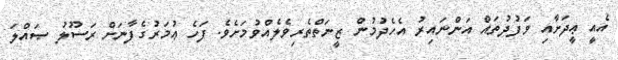
އެއީ ޢީދަށާއި ވަފުދުތައް އަންނައިރު އެހެދުމުން ޒީނަތްތެރިވެލެއްވުމަށެވެ. ފަހެ ޢުމަރުގެފާނަށް ރަސޫލު ޞައްލަ